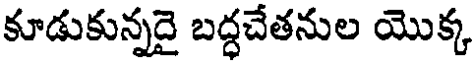
కూడుకున్నదై బద్ధచేతనుల యొక్క